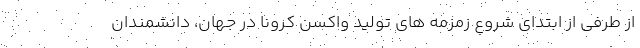
از طرفی از ابتدای شروع زمزمه های تولید واکسن کرونا در جهان، دانشمندان